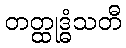
တတ္ထုဒ္ဓံသတီ